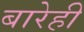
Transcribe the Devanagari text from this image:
बारेही